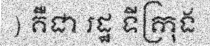
) គឺជា រដ្ឋ ទីក្រុង